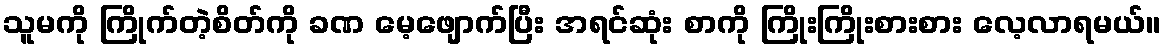
သူမကို ကြိုက်တဲ့စိတ်ကို ခဏ မေ့ဖျောက်ပြီး အရင်ဆုံး စာကို ကြိုးကြိုးစားစား လေ့လာရမယ်။